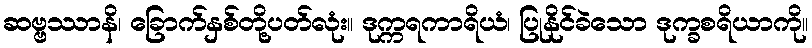
ဆဗ္ဗဿာနိ၊ ခြောက်နှစ်တို့ပတ်လုံး။ ဒုက္ကရကာရိယံ၊ ပြုနိုင်ခဲသော ဒုက္ခစရိယာကို။